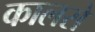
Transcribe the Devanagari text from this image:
कालसे